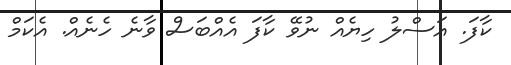
ކާފަ. އަސްލު ހިޔެއް ނުވޭ ކާފަ އެއްބަސް ވާނެ ހެނެއް. އެކަމް